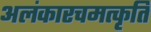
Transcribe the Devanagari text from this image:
अलंकारचमत्कृति